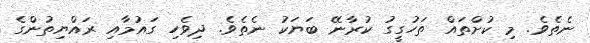
ނެތެވެ. މި ކުށްތައް ތަހުގީގު ކުރާނޭ ބަޔަކު ނެތެވެ. ދިވެހި ގައުމާއި ރައްޔިތުންގެ